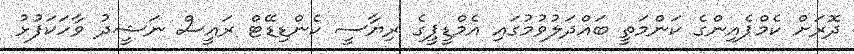
ދޮރަށް ކެމްޕެއިންގެ ކަންމަތީ ބައްދަލުވުމުގައި އެމްޑީޕީގެ ރިޔާސީ ކެންޑިޑޭޓް ރައީސް ނަޝީދު ވާހަކަފުޅު